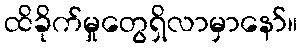
ထိခိုက်မှုတွေရှိလာမှာနော်။